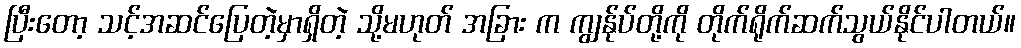
ပြီးတော့ သင့်အဆင်ပြေတဲ့မှာရှိတဲ့ သို့မဟုတ် အခြား က ကျွန်ုပ်တို့ကို တိုက်ရိုက်ဆက်သွယ်နိုင်ပါတယ်။